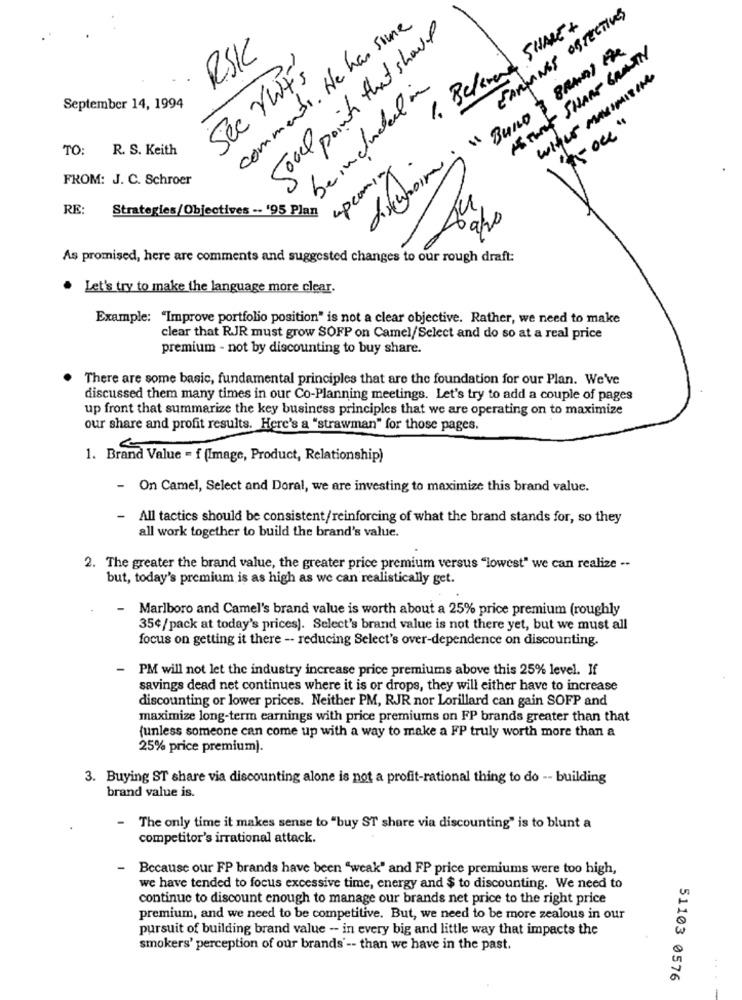
EARNINGS OBJECTIVES
comments. He has some
good points that showed
1. Beland SHAKE +
" Bung BRAMY the
AS THE SHARP GRANTY
RSK
Sec VWF'
WHILE MAXIMISING
beingheld in
September 14, 1994
TO: R. S. Keith
upcoming
FROM: J. C. Schroer
RE: Strategies/Objectives -- '95 Plan
9/20
As promised, here are comments and suggested changes to our rough draft:
. Let's try to make the language more clear.
Example: "Improve portfolio position" is not a clear objective. Rather, we need to make
clear that RJR must grow SOFP on Camel/Select and do so at a real price
premium - not by discounting to buy share.
There are some basic, fundamental principles that are the foundation for our Plan. We've
discussed them many times in our Co-Planning meetings. Let's try to add a couple of pages
up front that summarize the key business principles that we are operating on to maximize
our share and profit results. Here's a "strawman" for those pages.
1. Brand Value = f (Image, Product, Relationship)
- On Camel, Select and Doral, we are investing to maximize this brand value.
-
All tactics should be consistent/reinforcing of what the brand stands for, so they
all work together to build the brand's value.
2. The greater the brand value, the greater price premium versus "lowest" we can realize --
but, today's premium is as high as we can realistically get.
-
Marlboro and Camel's brand value is worth about a 25% price premium (roughly
35¢/pack at today's prices). Select's brand value is not there yet, but we must all
focus on getting it there -- reducing Select's over-dependence on discounting.
-
PM will not let the industry increase price premiums above this 25% level. If
savings dead net continues where it is or drops, they will either have to increase
discounting or lower prices. Neither PM, RJR nor Lorillard can gain SOFP and
maximize long-term earnings with price premiums on FP brands greater than that
(unless someone can come up with a way to make a FP truly worth more than a
25% price premium).
3. Buying ST share via discounting alone is not a profit-rational thing to do -- building
brand value is.
-
The only time it makes sense to "buy ST share via discounting" is to blunt a
competitor's irrational attack.
- Because our FP brands have been "weak" and FP price premiums were too high,
we have tended to focus excessive time, energy and $ to discounting. We need to
continue to discount enough to manage our brands net price to the right price
premium, and we need to be competitive. But, we need to be more zealous in our
pursuit of building brand value - in every big and little way that impacts the
smokers' perception of our brands' -- than we have in the past.
51103 0576